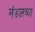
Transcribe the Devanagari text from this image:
मंडलच्या